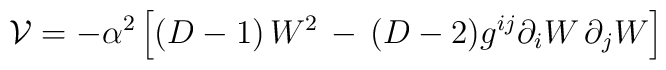
\mathcal{V}  =  -  \alpha^2 \left[ (D-1) \, W^2 \, - \, (D-2) g^{ij}  \partial_i W \, \partial_j W \right ]